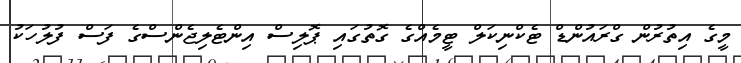
މީގެ އިތުރުން ގްރައުންޑް ޓެކްނިކަލް ޓީމެއްގެ ގޮތުގައި ޕޮލިސް އިންޓެލިޖެންސްގެ ފަސް ފުލުހަކު